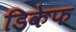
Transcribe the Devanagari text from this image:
डिकेफ